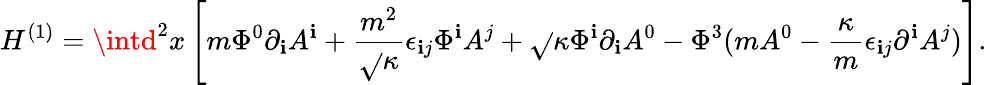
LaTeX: H^{(1)}=\intd^{2}x\left[m\Phi^{0}\partial_{\mathbf{i}}A^{\mathbf{i}}+\frac{{m^{2}}}{{\sqrt{}{{\kappa}}}}\epsilon_{\mathbf{i}j}\Phi^{\mathbf{i}}A^{j}+\sqrt{}{{\kappa}}\Phi^{\mathbf{i}}\partial_{\mathbf{i}}A^{0}-\Phi^{3}(mA^{0}-\frac{{\kappa}}{{m}}\epsilon_{\mathbf{i}j}\partial^{\mathbf{i}}A^{j})\right].